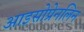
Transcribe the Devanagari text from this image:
आइसोप्रेनलिन